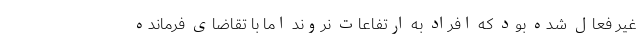
غیر فعال شده بود که افراد به ارتفاعات نروند اما با تقاضای فرمانده